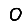
Digit: 0